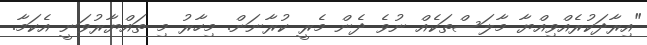
"އިރާދަކުރެއްވިއްޔާ މާލަސްތަކެއް ނުވެ ދެން މެރީ ކުރާނަން. މިހާރު މި ތައްޔާރުވަނީ އެކަމާ.